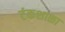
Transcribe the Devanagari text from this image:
टंकशाळा